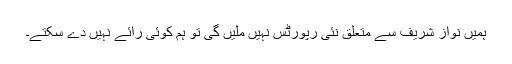
ہمیں نواز شریف سے متعلق نئی رپورٹس نہیں ملیں گی تو ہم کوئی رائے نہیں دے سکتے۔